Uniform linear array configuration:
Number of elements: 24
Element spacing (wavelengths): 0.5
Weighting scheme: binomial
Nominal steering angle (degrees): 45
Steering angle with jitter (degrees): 45.518
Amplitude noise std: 0.05
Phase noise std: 0.05

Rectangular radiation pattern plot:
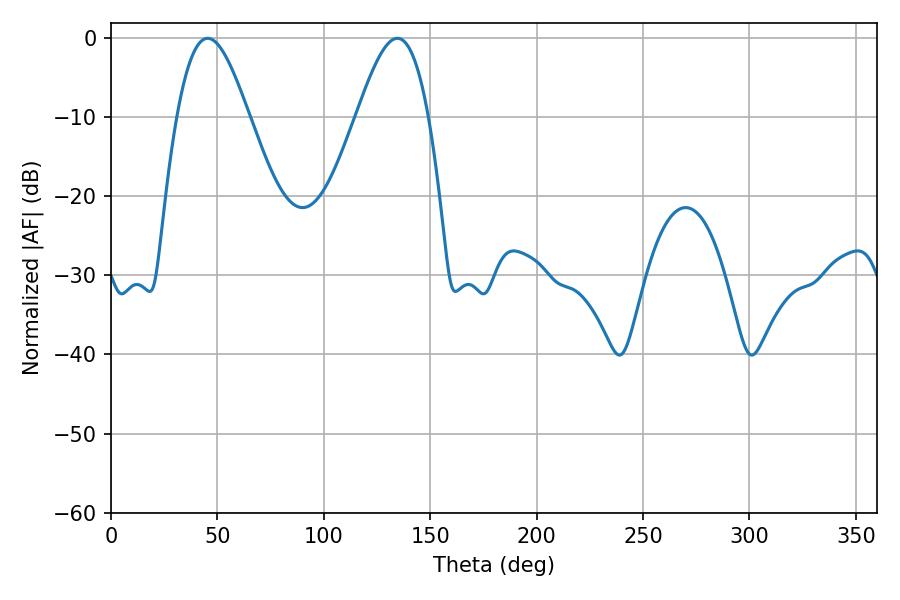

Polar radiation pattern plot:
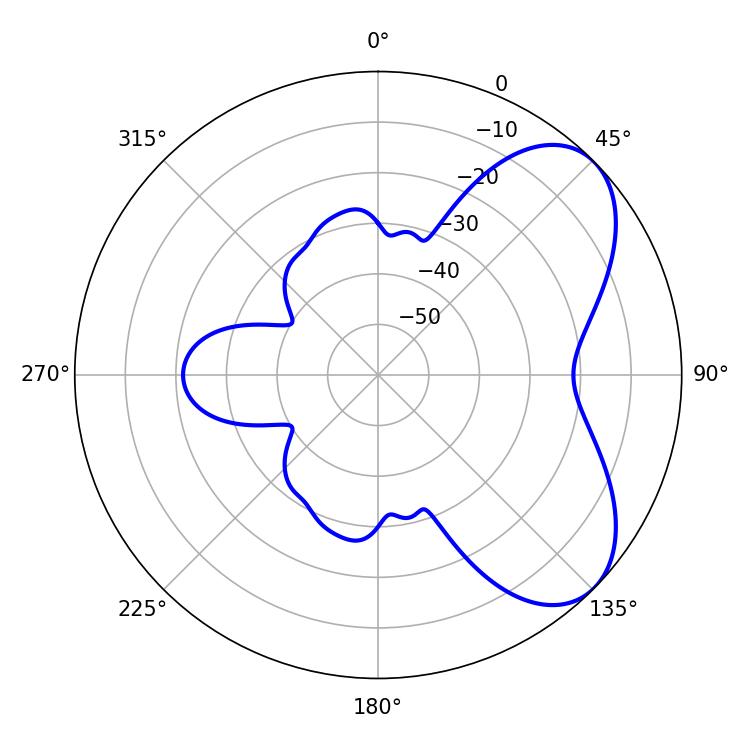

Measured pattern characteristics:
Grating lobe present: FALSE
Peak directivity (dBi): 5.984
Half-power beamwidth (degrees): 18.18
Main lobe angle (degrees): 45.36